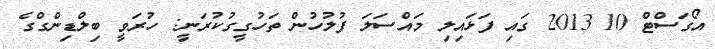
އޯގަސްޓް 10 2013 ގައި ފަޅައިލި މައްސަލަ ފުލުހުން ތަހުގީގުކުރަނީ: ހުރަވީ ބިލްޑިންގްގެ